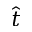
\hat { t }